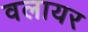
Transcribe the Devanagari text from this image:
वलायर